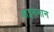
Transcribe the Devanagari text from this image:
थाइसमान